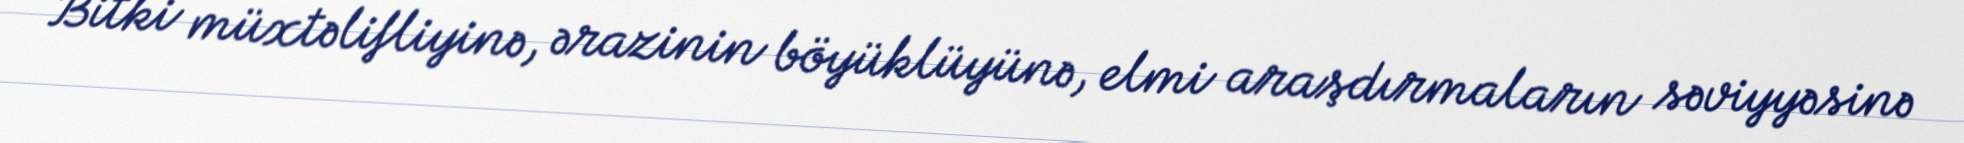
Bitki müxtəlifliyinə, ərazinin böyüklüyünə, elmi araşdırmaların səviyyəsinə